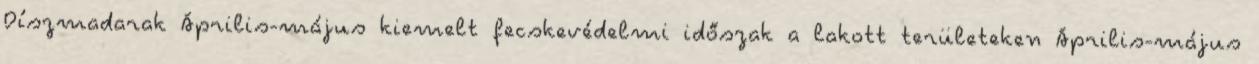
Díszmadarak Április-május kiemelt fecskevédelmi időszak a lakott területeken Április-május